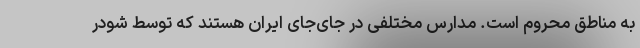
به مناطق محروم است. مدارس مختلفی در جای‌جای ایران هستند که توسط شودر